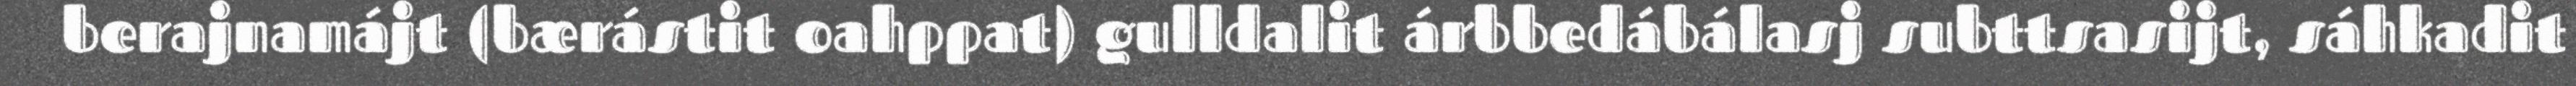
berajnamájt (bærástit oahppat) gulldalit árbbedábálasj subttsasijt, sáhkadit